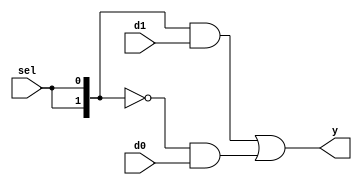
module b2_mux_2_1_comb_correct2
(
    input  [1:0] d0,
    input  [1:0] d1,
    input        sel,
    output [1:0] y
);
    wire [1:0] select;
    assign select = {2{sel}};
    assign y = (select & d1) | (~select & d0); 
endmodule